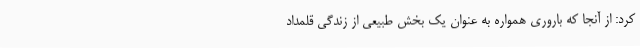
کرد: از آنجا که باروری همواره به عنوان یک بخش طبیعی از زندگی قلمداد